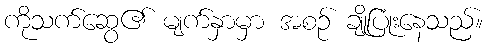
ကိုသက်ဆွေ၏ မျက်နှာမှာ အစဉ် ချိုပြုံးနေသည်။